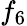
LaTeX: f_{6}